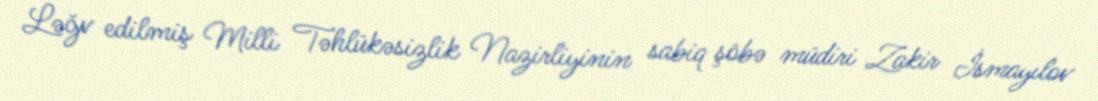
Ləğv edilmiş Milli Təhlükəsizlik Nazirliyinin sabiq şöbə müdiri Zakir İsmayılov